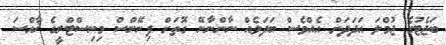
ބަޖެޓުގެ ޖުމްލަ އަދަދަށް އެއްވެސް ބަދަލެއް ނާންނާނޭ ގޮތަށް ފިނޭންސް މިނިސްޓްރީގެ ޚާއްސަ